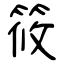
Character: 筱